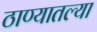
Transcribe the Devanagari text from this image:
ठाण्यातल्या